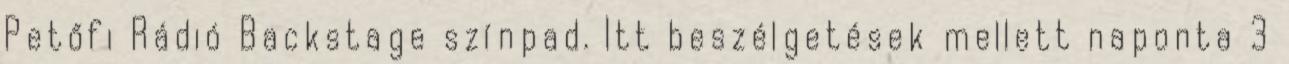
Petőfi Rádió Backstage színpad. Itt beszélgetések mellett naponta 3